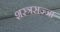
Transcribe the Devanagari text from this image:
शस्त्रसज्जा